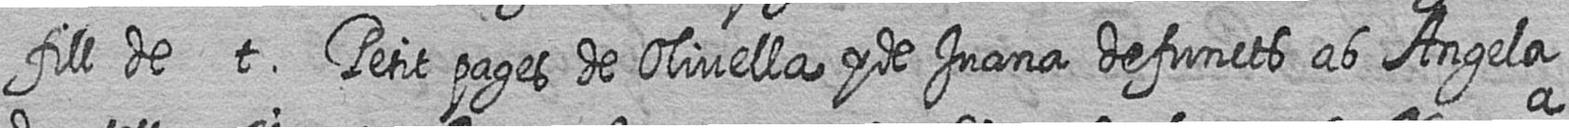
fill de t Petit pages de Olivella y de Juana defuncts ab Angela